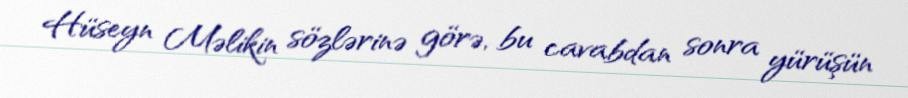
Hüseyn Məlikin sözlərinə görə, bu cavabdan sonra yürüşün